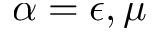
\alpha = \epsilon , \mu